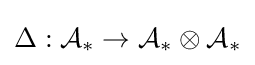
\Delta :{\mathcal {A}}_{*}\to {\mathcal {A}}_{*}\otimes {\mathcal {A}}_{*}